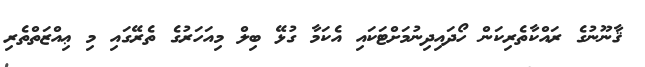
ޤާނޫނުގެ ރައްކާތެރިކަން ހޯދައިދިނުމަށްޓަކައި އެކަމާ ގުޅޭ ބިލް މިއަހަރުގެ ތެރޭގައި މި ޢިއްޒަތްތެރި